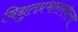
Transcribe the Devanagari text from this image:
विद्युतप्रभारामधल्या